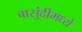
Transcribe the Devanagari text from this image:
बासुंदीमध्ये